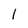
Character: l